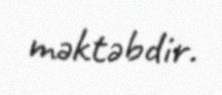
məktəbdir.